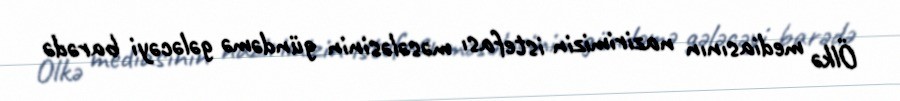
Ölkə mediasının nazirimizin istefası məsələsinin gündəmə gələcəyi barədə